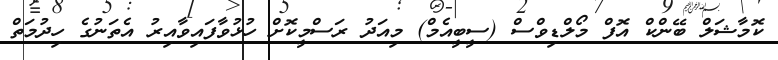
ކޮމާޝަލް ބޭންކް އޮފް މޯލްޑިވްސް (ސީބީއެމް) މިއަދު ރަސްމީކޮށް ހުޅުވާފައިވާއިރު އެތަނުގެ ހިދުމަތް